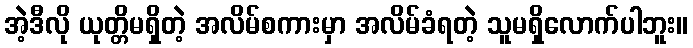
အဲ့ဒီလို ယုတ္တိမရှိတဲ့ အလိမ်စကားမှာ အလိမ်ခံရတဲ့ သူမရှိလောက်ပါဘူး။